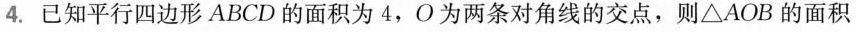
4.已知平行四边形ABCD的面积为4，O为两条对角线的交点，则\triangle AOB的面积